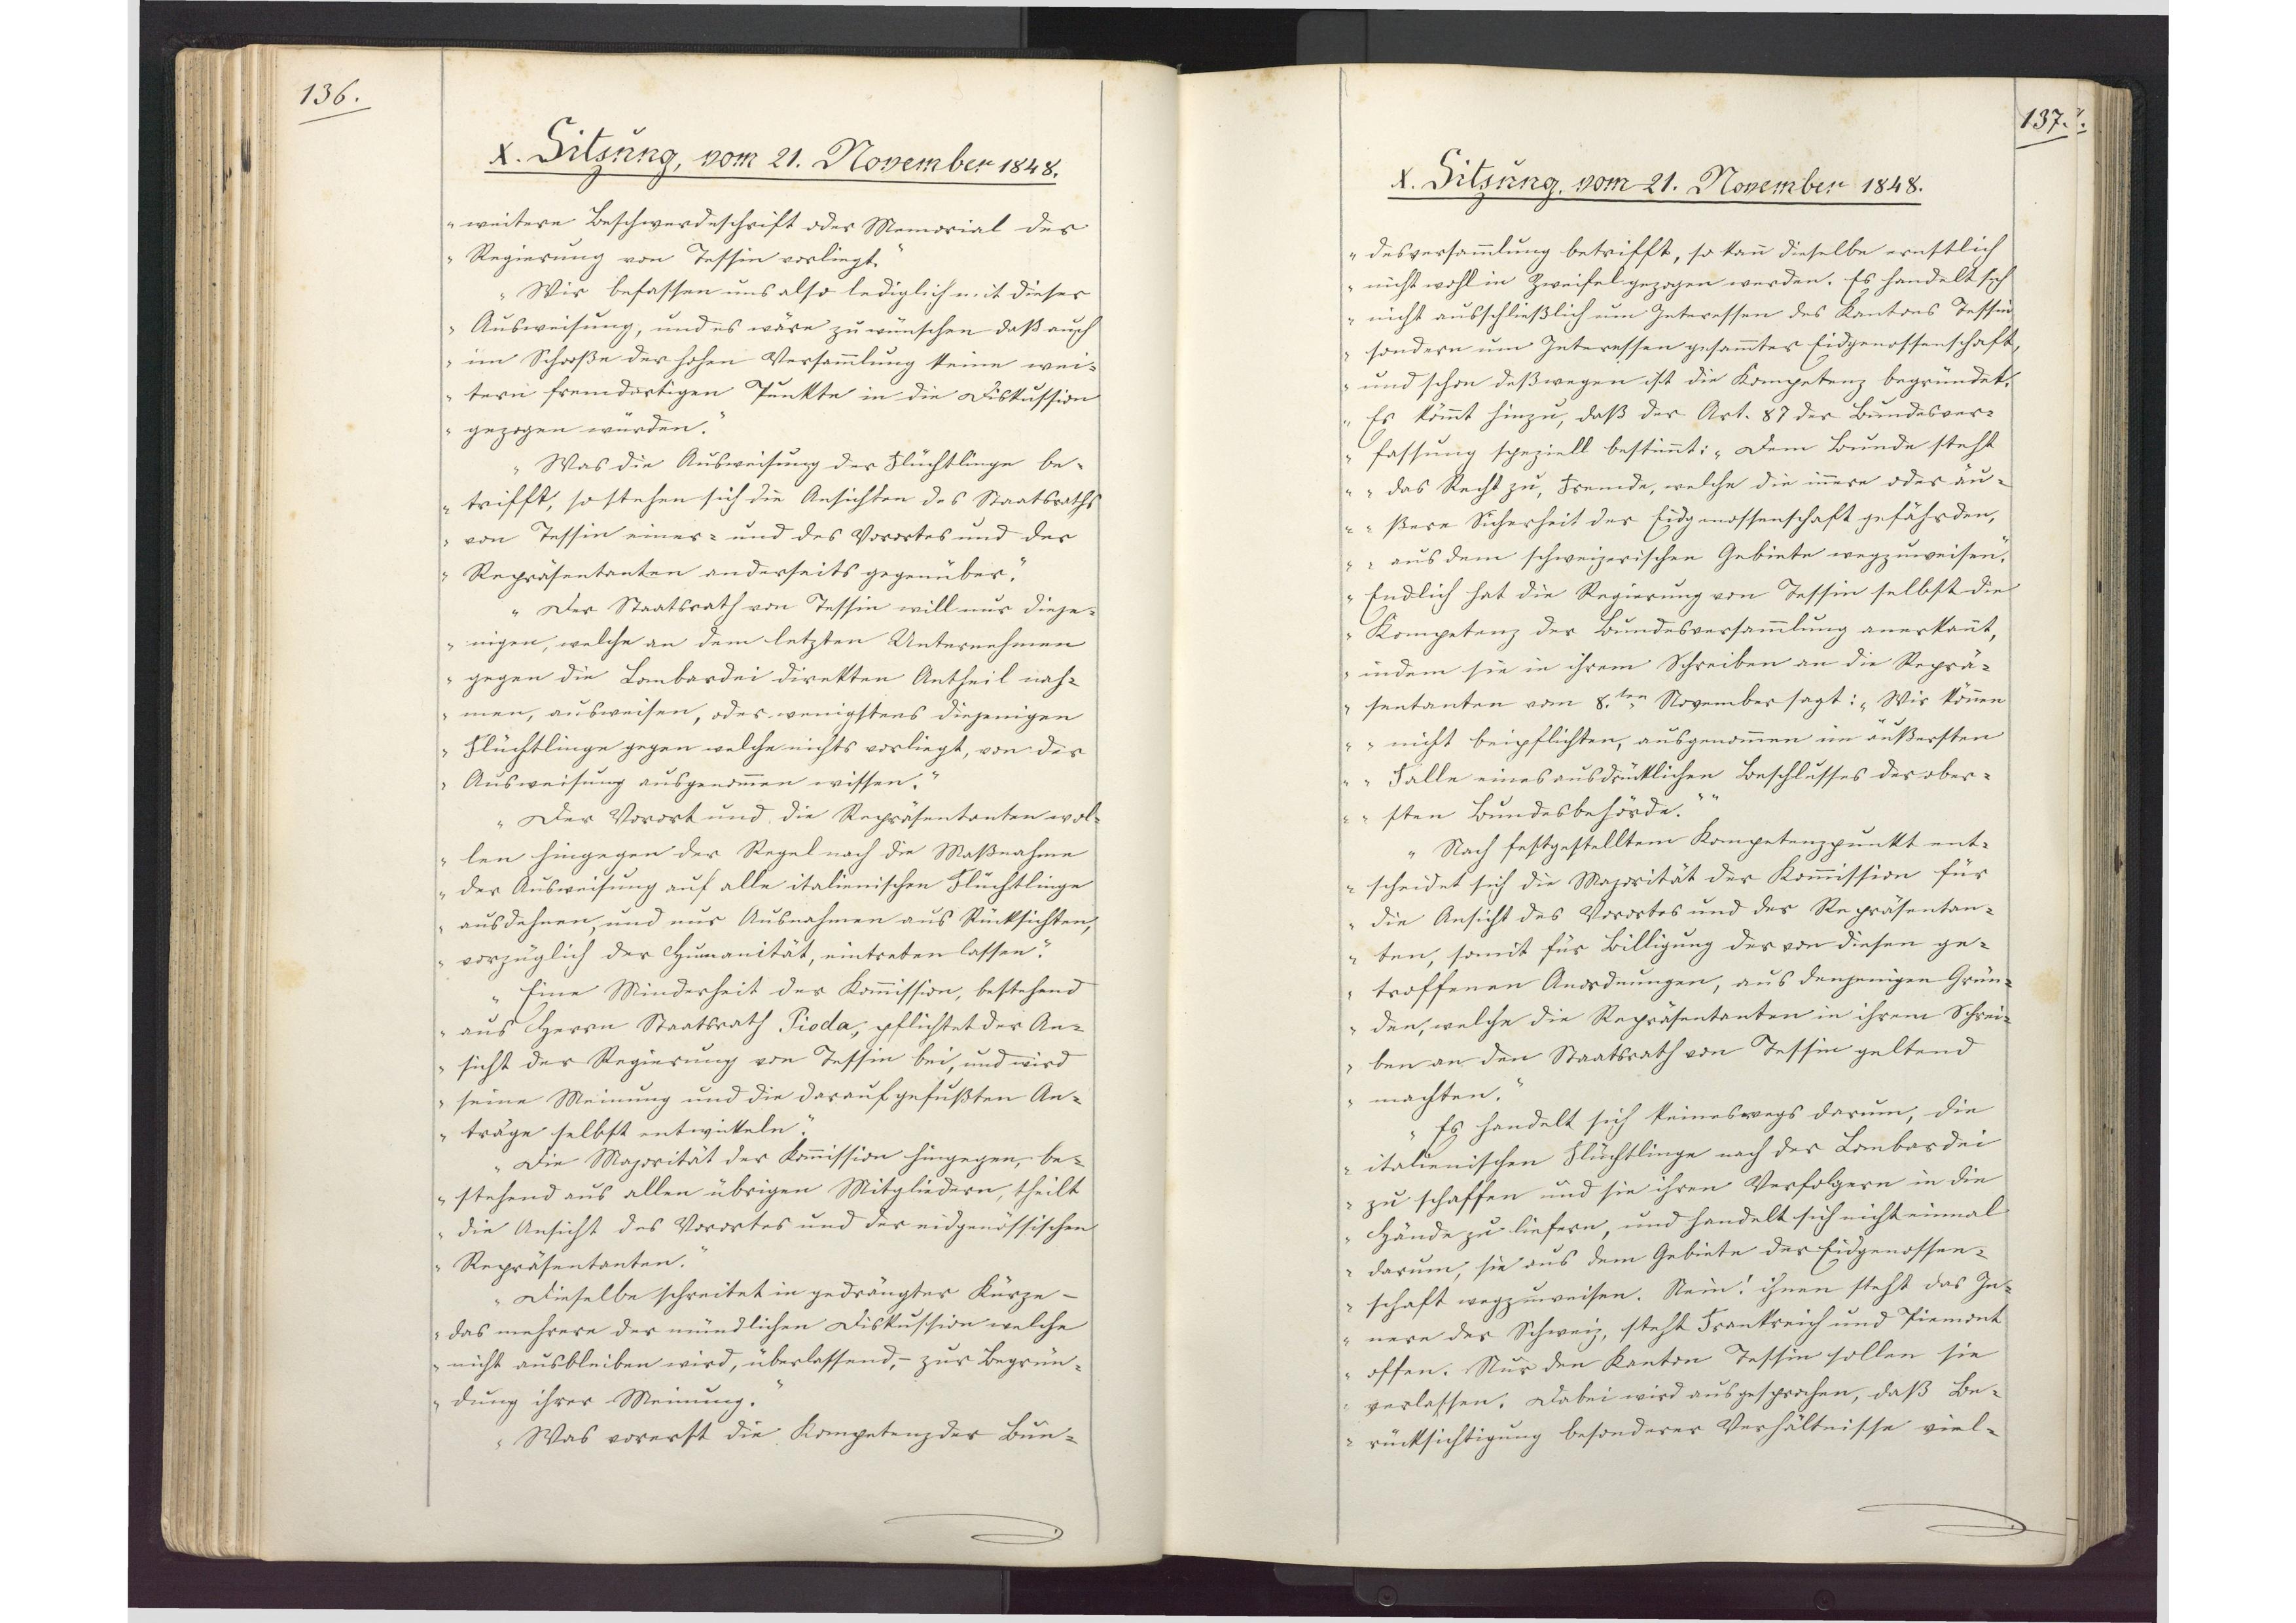
136.

X. Sitzung, vom 21. November 1848.

weitere Beschwerdeschrift oder Memorial der
Regierung von Tessin vorliegt.
Wir befassen uns also lediglich mit dieser
Ausweisung, und es wäre zu wünschen, daß auch
im Schooße der hohen Versammlung keine wei¬
tern fremdartigen Punkte in die Diskussion
gezogen würden.
Was die Ausweisung der Flüchtlinge be¬
trifft, so stehen sich die Ansichten des Staatsraths
von Tessin einer- und des Vorortes und der
Repräsentanten anderseits gegenüber.
Der Staatsrath von Tessin will nur dieje¬
nigen, welche an dem letzten Unternehmen
gegen die Lombardei direkten Antheil nah¬
men, ausweisen, oder wenigstens diejenigen
Flüchtlinge gegen welche nichts vorliegt, von der
Ausweisung ausgenommen wissen.
Der Vorort und die Repräsentanten wol¬
len hingegen der Regel nach die Maßnahme
der Ausweisung auf alle italienischen Flüchtlinge
ausdehnen, und nur Ausnahmen aus Rücksichten,
vorzüglich der Humanität, eintreten lassen.
Eine Minderheit der Kommission, bestehend
aus Herrn Staatsrath Pioda, pflichtet der An¬
sicht der Regierung von Tessen bei, und wird
seine Meinung und die darauf gefußten An¬
träge selbst entwickeln.
Die Majorität der Kommission hingegen, be¬
stehend aus allen übrigen Mitgliedern, theilt
die Ansicht des Vorortes und der eidgenössischen
Repräsentanten.
Dieselbe schreitet in gedrängter Kürze -
das mehrere der mündlichen Diskussion welche
nicht ausbleiben wird, überlassend, - zur Begrün¬
dung ihrer Meinung.
Was vorerst die Kompetenz der Bun¬

137.

X. Sitzung, vom 21. November 1848.

desversammlung betrifft, so kann dieselbe ernstlich
nicht wohl in Zweifel gezogen werden. Es handelt sich
nicht ausschließlich um Interessen des Kantons Tessin
sondern um Interessen gesammter Eidgenossenschaft,
und schon deßwegen ist die Kompetenz begründet.
Es kömmt hinzu, daß der Art. 87 der Bundesver¬
fassung speziell bestimmt: "Dem Bunde steht
das Recht zu, Fremde, welche die innere oder äu¬
ßere Sicherheit der Eidgenossenschaft gefährden,
aus dem schweizerischen Gebiete wegzuweisen."
Endlich hat die Regierung von Tessin selbst die
Kompetenz der Bundesversammlung anerkannt,
indem sie in ihrem Schreiben an die Reprä¬
sentanten vom 8.ten November sagt: "Wir können
nicht beipflichten, ausgenommen im äußersten
Falle eines ausdrücklichen Beschlusses der ober¬
sten Bundesbehörde."
Nach festgestelltem Kompetenzpunkt ent¬
scheidet sich die Majorität der Kommission für
die Ansicht des Vorortes und der Repräsentan¬
ten, somit für Billigung der von diesen ge¬
troffenen Anordnungen, aus denjenigen Grün¬
den, welche die Repräsentanten in ihrem Schrei¬
ben an den Staatsrath von Tessin geltend
machten.
Es handelt sich keineswegs darum, die
italienischen Flüchtlinge nach der Lombardei
zu schaffen und sie ihren Verfolgern in die
Hände zu liefern, und handelt sich nicht enmal
darum, sie aus dem Gebiete der Eidgenossen¬
schaft wegzuweisen. Nein! ihnen steht das In¬
nere der Schweiz, steht Frankreich und Piemont
offen. Nur den Kanton Tessin sollen sie
verlassen. Dabei wird ausgesprochen, daß Be¬
rücksichtigung besonderer Verhältnisse viel¬